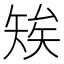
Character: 𥏖